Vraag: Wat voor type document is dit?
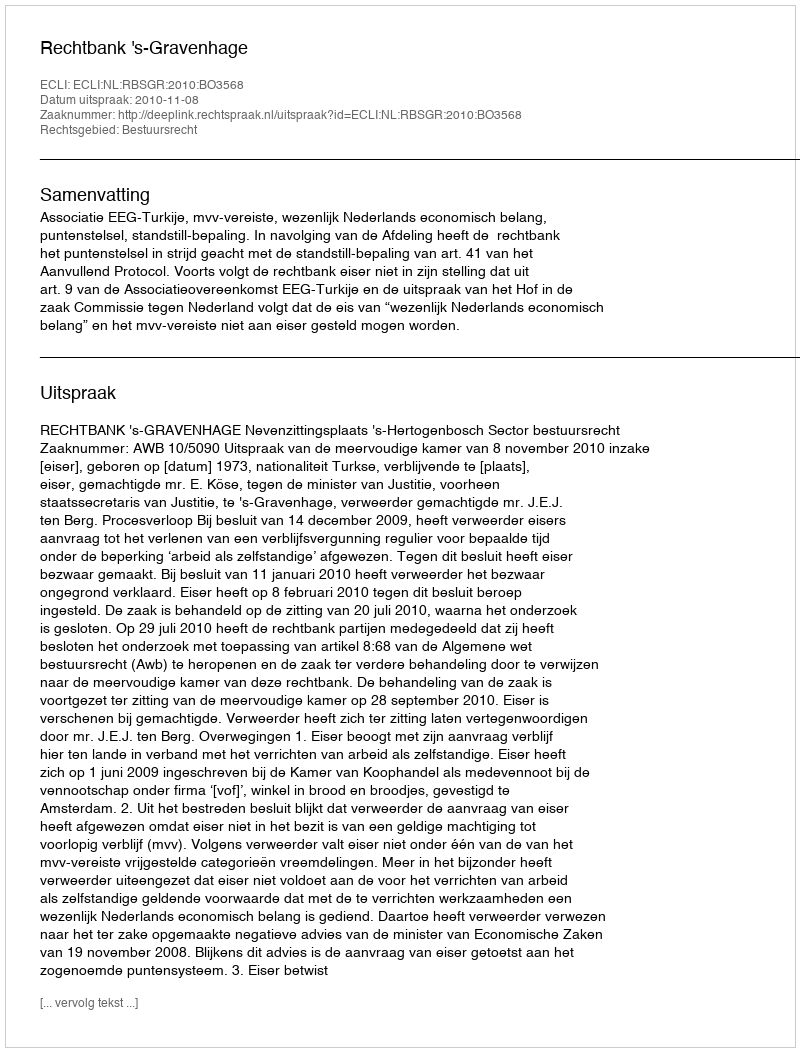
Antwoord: Uitspraak